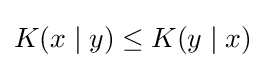
K(x\mid y)\leq K(y\mid x)